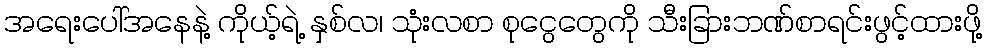
အရေးပေါ်အနေနဲ့ ကိုယ့်ရဲ့ နှစ်လ၊ သုံးလစာ စုငွေတွေကို သီးခြားဘဏ်စာရင်းဖွင့်ထားဖို့